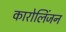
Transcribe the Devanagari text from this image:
कारोलिंजन